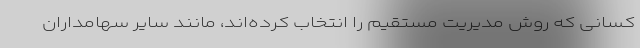
کسانی که روش مدیریت مستقیم را انتخاب کرده‌اند، مانند سایر سهامداران